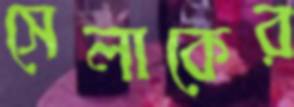
সেলাকের